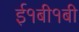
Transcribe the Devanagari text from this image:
ई१बी१बी